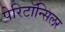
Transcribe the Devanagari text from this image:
पेरिटॉन्सिलर